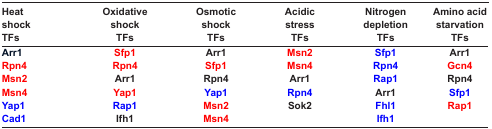
| Heat shock TFs | Oxidative shock TFs | Osmotic shock TFs | Acidic stress TFs | Nitrogen depletion TFs | Amino acid starvation TFs |
 | --- | --- | --- | --- | --- | --- |
 | Arr1 | Sfp1 | Arr1 | Msn2 | Sfp1 | Arr1 |
 | Rpn4 | Rpn4 | Sfp1 | Msn4 | Rpn4 | Gcn4 |
 | Msn2 | Arr1 | Rpn4 | Arr1 | Rap1 | Rpn4 |
 | Msn4 | Yap1 | Yap1 | Rpn4 | Arr1 | Sfp1 |
 | Yap1 | Rap1 | Msn2 | Sok2 | Fhl1 | Rap1 |
 | Cad1 | Ifh1 | Msn4 |  | Ifh1 |  |